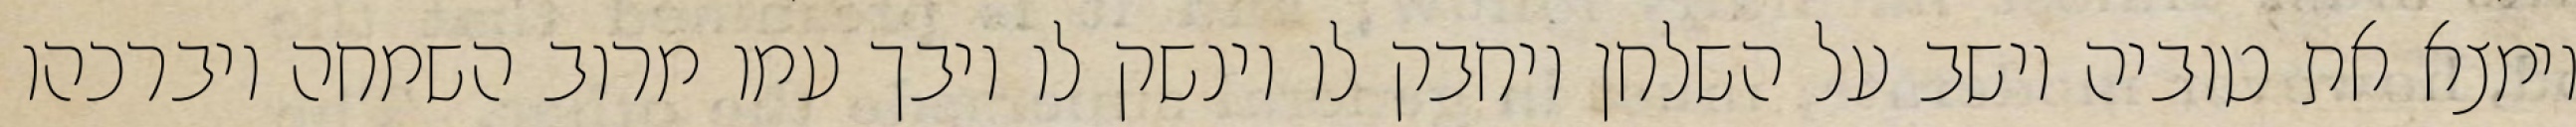
וימצא את טוביה יושב על השלחן ויחבק לו וינשק לו ויבך עמו מרוב השמחה ויברכהו